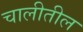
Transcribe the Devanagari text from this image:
चालीतील